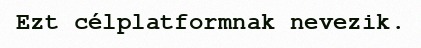
Ezt célplatformnak nevezik.